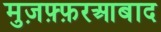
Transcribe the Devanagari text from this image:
मुज़फ़्फ़रआबाद